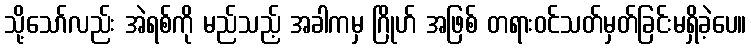
သို့သော်လည်း အဲရစ်ကို မည်သည့် အခါကမှ ဂြိုဟ် အဖြစ် တရားဝင်သတ်မှတ်ခြင်းမရှိခဲ့ပေ။